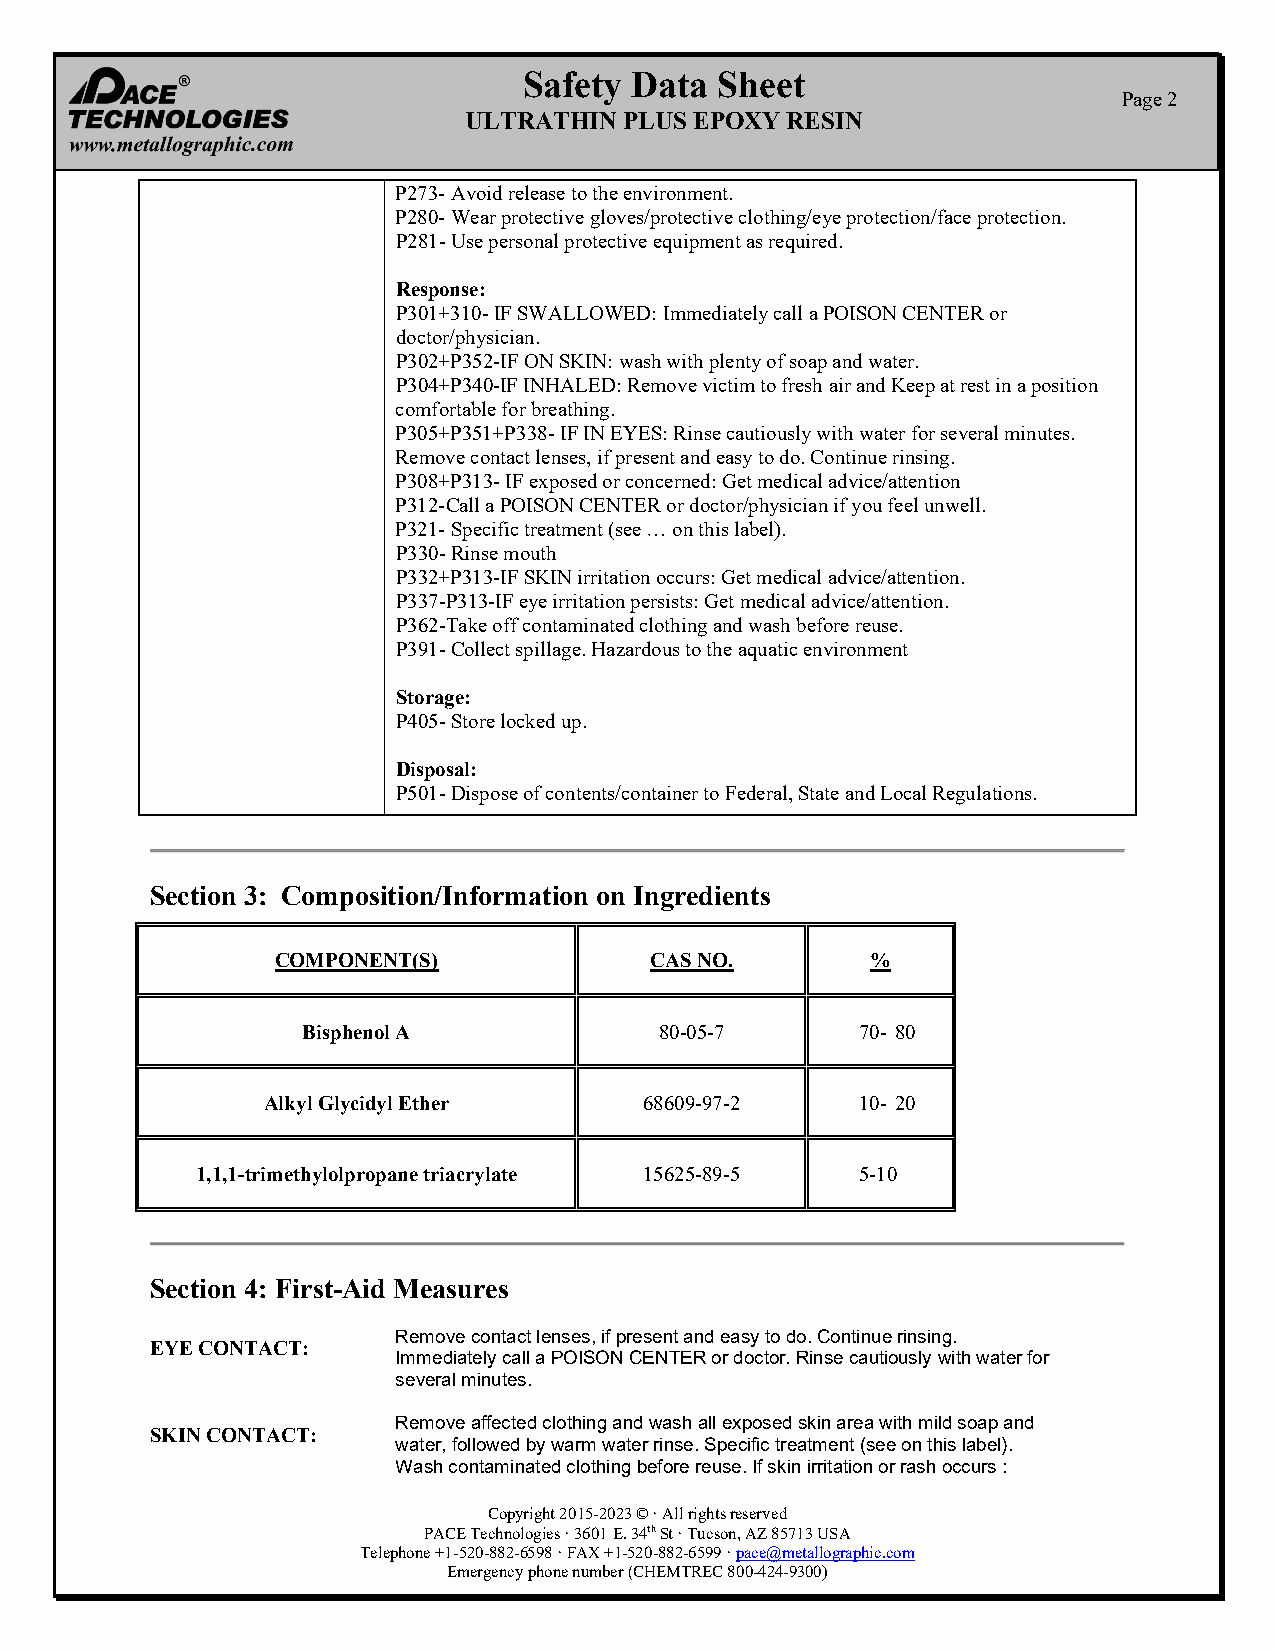
Safety Data  Sheet
 Page 2
 ULTRATHIN PLUS EPOXY RESIN
 P273- Avoid release to the environment.
 P280- Wear protective gloves/protective clothing/eye protection/face protection.
 P281- Use personal protective equipment as required.
 Response:
 P301+310- IF SWALLOWED: Immediately call a POISON CENTER or
 doctor/physician.
 P302+P352-IF ON SKIN: wash with plenty of soap and water.
 P304+P340-IF INHALED: Remove victim to fresh air and Keep at rest in a position
 comfortable for breathing.
 P305+P351+P338- IF IN EYES: Rinse cautiously with water for several minutes.
 Remove contact lenses, if present and easy to do. Continue rinsing.
 P308+P313- IF exposed or concerned: Get medical advice/attention
 P312-Call a POISON CENTER or doctor/physician if you feel unwell.
 P321- Specific treatment (see … on this label).
 P330- Rinse mouth
 P332+P313-IF SKIN irritation occurs: Get medical advice/attention.
 P337-P313-IF eye irritation persists: Get medical advice/attention.
 P362-Take off contaminated clothing and wash before reuse.
 P391- Collect spillage. Hazardous to the aquatic environment
 Storage:
 P405- Store locked up.
 Disposal:
 P501- Dispose of contents/container to Federal, State and Local Regulations.
 Section 3: Composition/Information on Ingredients
 COMPONENT(S)             CAS NO.        %
 Bisphenol A             80-05-7      70- 80
 Alkyl Glycidyl Ether      68609-97-2    10- 20
 1,1,1-trimethylolpropane triacrylate 15625-89-5 5-10
 Section 4: First-Aid Measures
 Remove contact lenses, if present and easy to do. Continue rinsing.
 EYE CONTACT:
 Immediately call a POISON CENTER or doctor. Rinse cautiously with water for
 several minutes.
 Remove affected clothing and wash all exposed skin area with mild soap and
 SKIN CONTACT:
 water, followed by warm water rinse. Specific treatment (see on this label).
 Wash contaminated clothing before reuse. If skin irritation or rash occurs :
 Copyright 2015-2023 © · All rights reserved
 PACE Technologies · 3601 E. 34th St · Tucson, AZ 85713 USA
 Telephone +1-520-882-6598 · FAX +1-520-882-6599 · pace@metallographic.com
 Emergency phone number (CHEMTREC 800-424-9300)